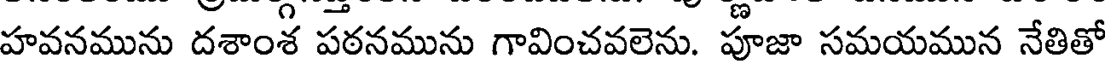
హవనమును దశాంశ పఠనమును గావించవలెను. పూజా సమయమున నేతితో